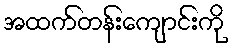
အထက်တန်းကျောင်းကို